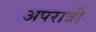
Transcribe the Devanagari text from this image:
अपरात्री